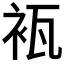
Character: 𮕰